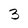
Character: 3